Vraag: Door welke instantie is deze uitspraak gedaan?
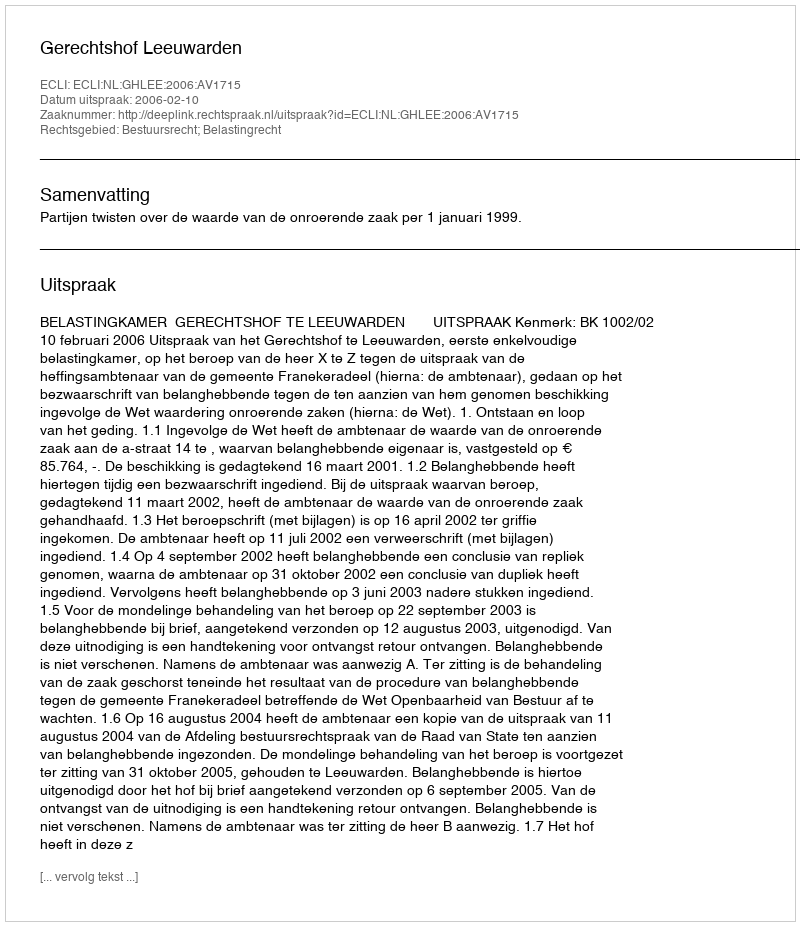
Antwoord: Gerechtshof Leeuwarden